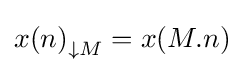
{x(n)}_{\downarrow {}M}=x(M.n)